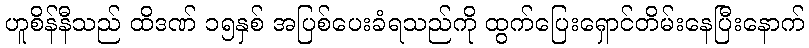
ဟူစိန်နီသည် ထိဒဏ် ၁၅နှစ် အပြစ်ပေးခံရသည်ကို ထွက်ပြေးရှောင်တိမ်းနေပြီးနောက်